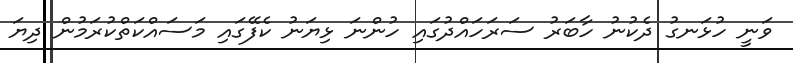
ވަނީ ހުޅަނގު ދެކުނު ހާބަރު ސަރަހައްދުގައި ހުންނަ ޅިޔަނު ކެފޭގައި މަސައްކަތްކުރަމުން ދިޔަ